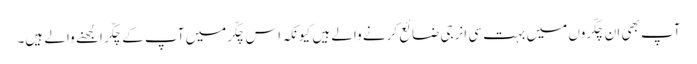
آپ بھی ان چکّروں میں بہت سی انرجی ضائع کرنے والے ہیں کیونکہ اس چکّرمیں آپ کے چکّر الجھنے والے ہیں۔